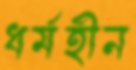
ধর্মহীন